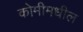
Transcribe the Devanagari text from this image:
कोमीमधील